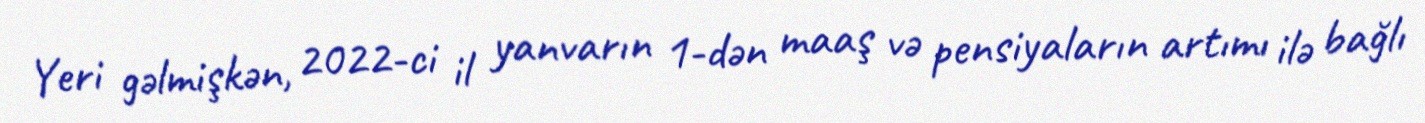
Yeri gəlmişkən, 2022-ci il yanvarın 1-dən maaş və pensiyaların artımı ilə bağlı